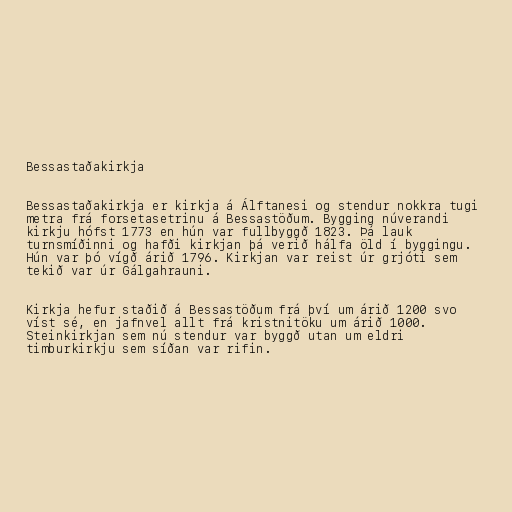
Bessastaðakirkja

Bessastaðakirkja er kirkja á Álftanesi og stendur nokkra tugi
metra frá forsetasetrinu á Bessastöðum. Bygging núverandi
kirkju hófst 1773 en hún var fullbyggð 1823. Þá lauk
turnsmíðinni og hafði kirkjan þá verið hálfa öld í byggingu.
Hún var þó vígð árið 1796. Kirkjan var reist úr grjóti sem
tekið var úr Gálgahrauni.

Kirkja hefur staðið á Bessastöðum frá því um árið 1200 svo
víst sé, en jafnvel allt frá kristnitöku um árið 1000.
Steinkirkjan sem nú stendur var byggð utan um eldri
timburkirkju sem síðan var rifin.